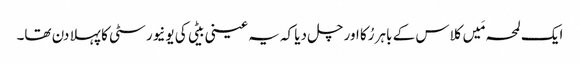
ایک لمحہ مَیں کلاس کے باہر رُکا اور چل دیا کہ یہ عینی بیٹی کی یونیورسٹی کا پہلا دن تھا۔